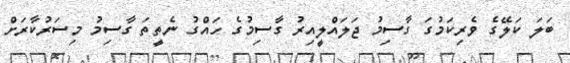
ބަލަ ކަލޭގެ ވެރިކަމުގަ ގާސިމު ޖަލައްލީއިރު ގާސިމުގެ ހައްގު ނެތީތަ ގާސިމު މިސަރުކާރަށް